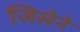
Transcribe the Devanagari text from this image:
जिसेने